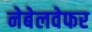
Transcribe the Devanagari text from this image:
नेबेलवेफर